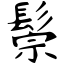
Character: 鬃